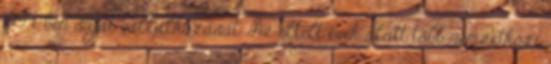
1994-ben saját vállalkozását. Az eltelt évek alatt több nemzetközi